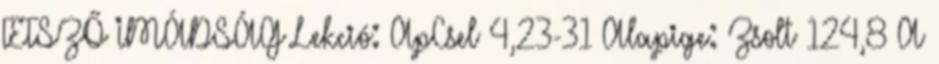
TETSZŐ IMÁDSÁG Lekció: ApCsel 4,23-31 Alapige: Zsolt 124,8 A